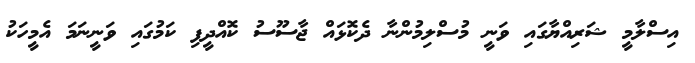
އިސްލާމީ ޝަރިއްޔާގައި ވަނީ މުސްލިމުންނާ ދެކޮޅައް ޖާސޫސު ކޮއްދީފި ކަމުގައި ވަނީނަމަ އެމީހަކު